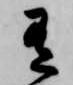
有